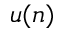
u ( n )